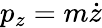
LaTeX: p_{z}=m{\dot{z}}